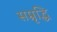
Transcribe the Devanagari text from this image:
सम्रृद्धि